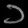
Digit: ၁